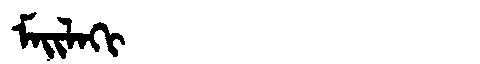
Manchu: ᠮᠠᡳᠯᠠᡴᡳ
Romanization: MAILAKI